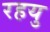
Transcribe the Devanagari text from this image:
रहयु